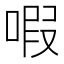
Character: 㗇